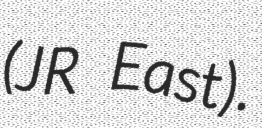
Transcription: (JR East).